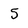
Character: 5